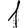
Digit: 1